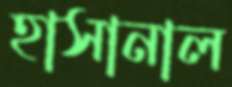
হাসানাল